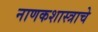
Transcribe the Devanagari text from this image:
नाणकशास्त्राचे